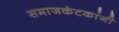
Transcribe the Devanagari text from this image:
समाजकंटकांनी